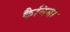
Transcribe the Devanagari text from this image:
कैनिबा